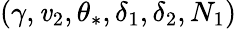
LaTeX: (\gamma,\mathit{v}_{2},\theta_{\ast},\delta_{1},\delta_{2},N_{1})